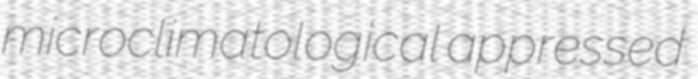
microclimatological appressed